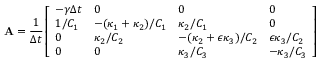
\mathbf { A } = \frac { 1 } { \Delta t } \left[ \begin{array} { l l l l } { - \gamma \Delta t } & { 0 } & { 0 } & { 0 } \\ { 1 / C _ { 1 } } & { - ( \kappa _ { 1 } + \kappa _ { 2 } ) / C _ { 1 } } & { \kappa _ { 2 } / C _ { 1 } } & { 0 } \\ { 0 } & { \kappa _ { 2 } / C _ { 2 } } & { - ( \kappa _ { 2 } + \epsilon \kappa _ { 3 } ) / C _ { 2 } } & { \epsilon \kappa _ { 3 } / C _ { 2 } } \\ { 0 } & { 0 } & { \kappa _ { 3 } / C _ { 3 } } & { - \kappa _ { 3 } / C _ { 3 } } \end{array} \right]